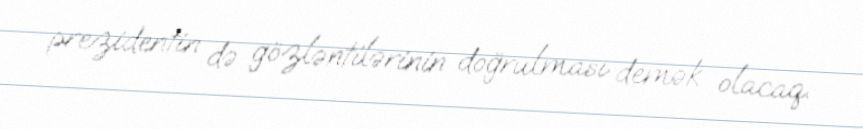
prezidentin də gözləntilərinin doğrulması demək olacaq.